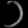
Digit: ၁